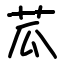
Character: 苽